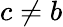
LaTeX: c\neq b